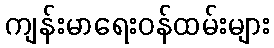
ကျန်းမာရေးဝန်ထမ်းများ